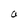
Character: a